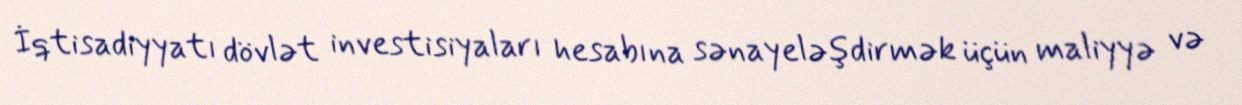
İqtisadiyyatı dövlət investisiyaları hesabına sənayeləşdirmək üçün maliyyə və